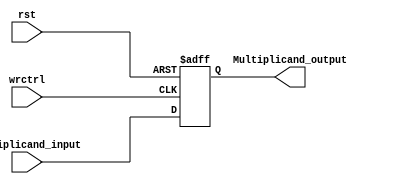
module Multiplicand(
	input [31:0] Multiplicand_input, //Multiplicand input
	input rst, //Reset multiplicand
	input wrctrl, //write the multiplicand into register
	output reg [31:0] Multiplicand_output=0 //Multiplicand output
	);
always @(posedge rst,posedge wrctrl)begin
	if(rst==1)Multiplicand_output<=0;
	else if(wrctrl==1)Multiplicand_output<=Multiplicand_input;

end
endmodule